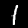
Label: 1